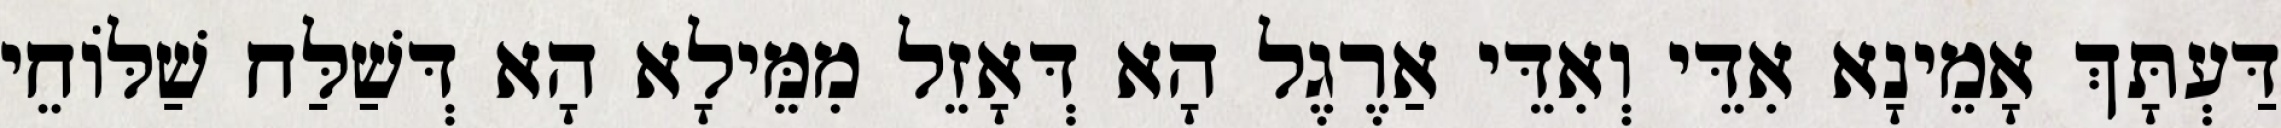
דַּעְתָּךְ אָמֵינָא אִדֵּי וְאִדֵּי אַרֶגֶל הָא דְּאָזֵל מִמֵּילָא הָא דְּשַׁלַּח שַׁלּוֹחֵי